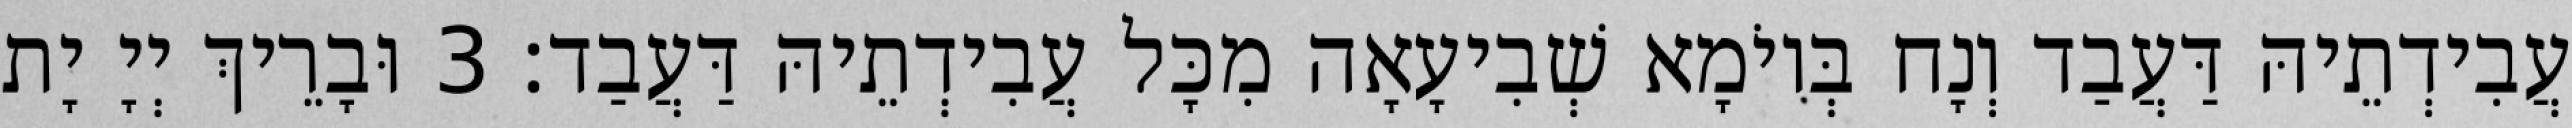
עֲבִידְתֵיהּ דַּעֲבַד וְנָח בְּיוֹמָא שְׁבִיעָאָה מִכָּל עֲבִידְתֵיהּ דַּעֲבַד׃ 3 וּבָרֵיךְ יְיָ יָת